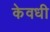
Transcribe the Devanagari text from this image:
केवधी